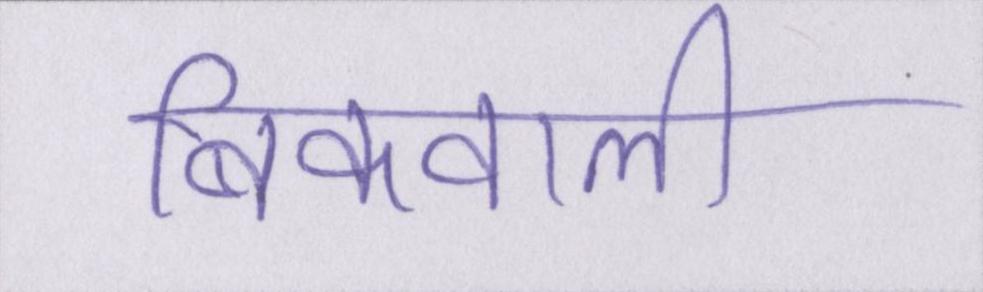
बिकवाली